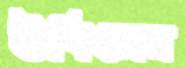
উবিলেন